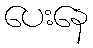
ပေးနေ